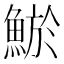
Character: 鯲